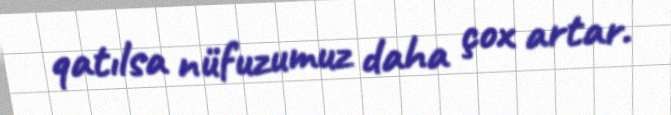
qatılsa nüfuzumuz daha çox artar.